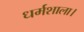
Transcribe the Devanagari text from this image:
धर्मशाला।